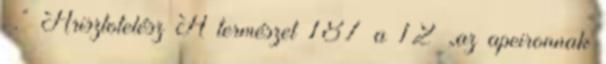
.” Arisztotelész A természet 187 a 12 „az apeironnak